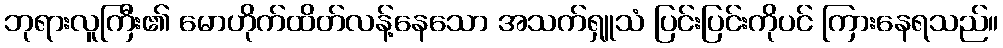
ဘုရားလူကြီး၏ မောဟိုက်ထိတ်လန့်နေသော အသက်ရှူသံ ပြင်းပြင်းကိုပင် ကြားနေရသည်။